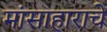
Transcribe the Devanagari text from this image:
मांसाहाराचे